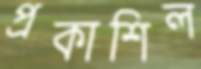
প্রকাশিল